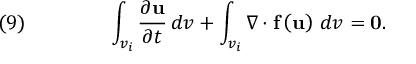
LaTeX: \quad ( 9 ) \qquad \qquad \int _ { v _ { i } } { \frac { \partial { \mathbf { u } } } { \partial t } } \, d v + \int _ { v _ { i } } \nabla \cdot { \mathbf { f } } \left( { \mathbf { u } } \right) \, d v = { \mathbf { 0 } } .